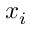
x _ { i }